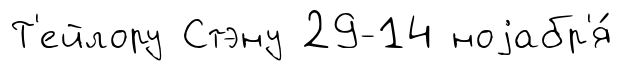
Т'ейлору Стэну 29-14 ноjабр'я́